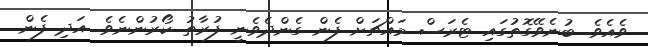
ވެއެވެ. ބުނެވޭގޮތުގައި ޓެރަސް މައްޗަށް ފެން ގެންދެވެނީ ފުރާތު ކޯރުންނެވެ. އަދި ފެން